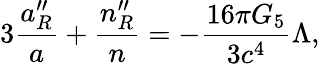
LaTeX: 3{\frac{a_{R}^{\prime\prime}}{a}}+{\frac{n_{R}^{\prime\prime}}{n}}=-{\frac{16\pi G_{5}}{3c^{4}}}\Lambda,